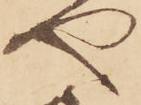
や